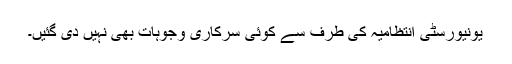
یونیورسٹی انتظامیہ کی طرف سے کوئی سرکاری وجوہات بھی نہیں دی گئیں۔